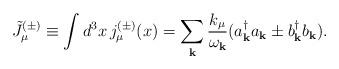
LaTeX: \begin{align*}\tilde{J}^{(\pm)}_{\mu}\equiv \int d^3x \, j^{(\pm)}_{\mu}(x)=\sum_{{\bf k}}\frac{k_{\mu}}{\omega_{{\bf k}}} (a^{\dagger}_{{\bf k}}a_{{\bf k}} \pm b^{\dagger}_{{\bf k}} b_{{\bf k}}).\end{align*}